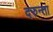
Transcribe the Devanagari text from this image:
दरुन्ता